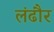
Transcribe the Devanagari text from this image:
लंढौर